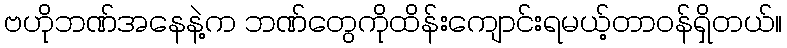
ဗဟိုဘဏ်အနေနဲ့က ဘဏ်တွေကိုထိန်းကျောင်းရမယ့်တာဝန်ရှိတယ်။